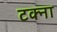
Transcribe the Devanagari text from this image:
टक्ना